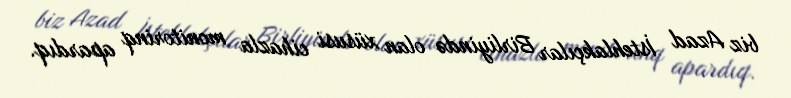
biz Azad İstehlakçılar Birliyində olan xüsusi cihazla monitorinq apardıq.